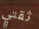
ثقتي